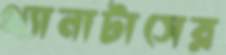
থ্যানাটাসের